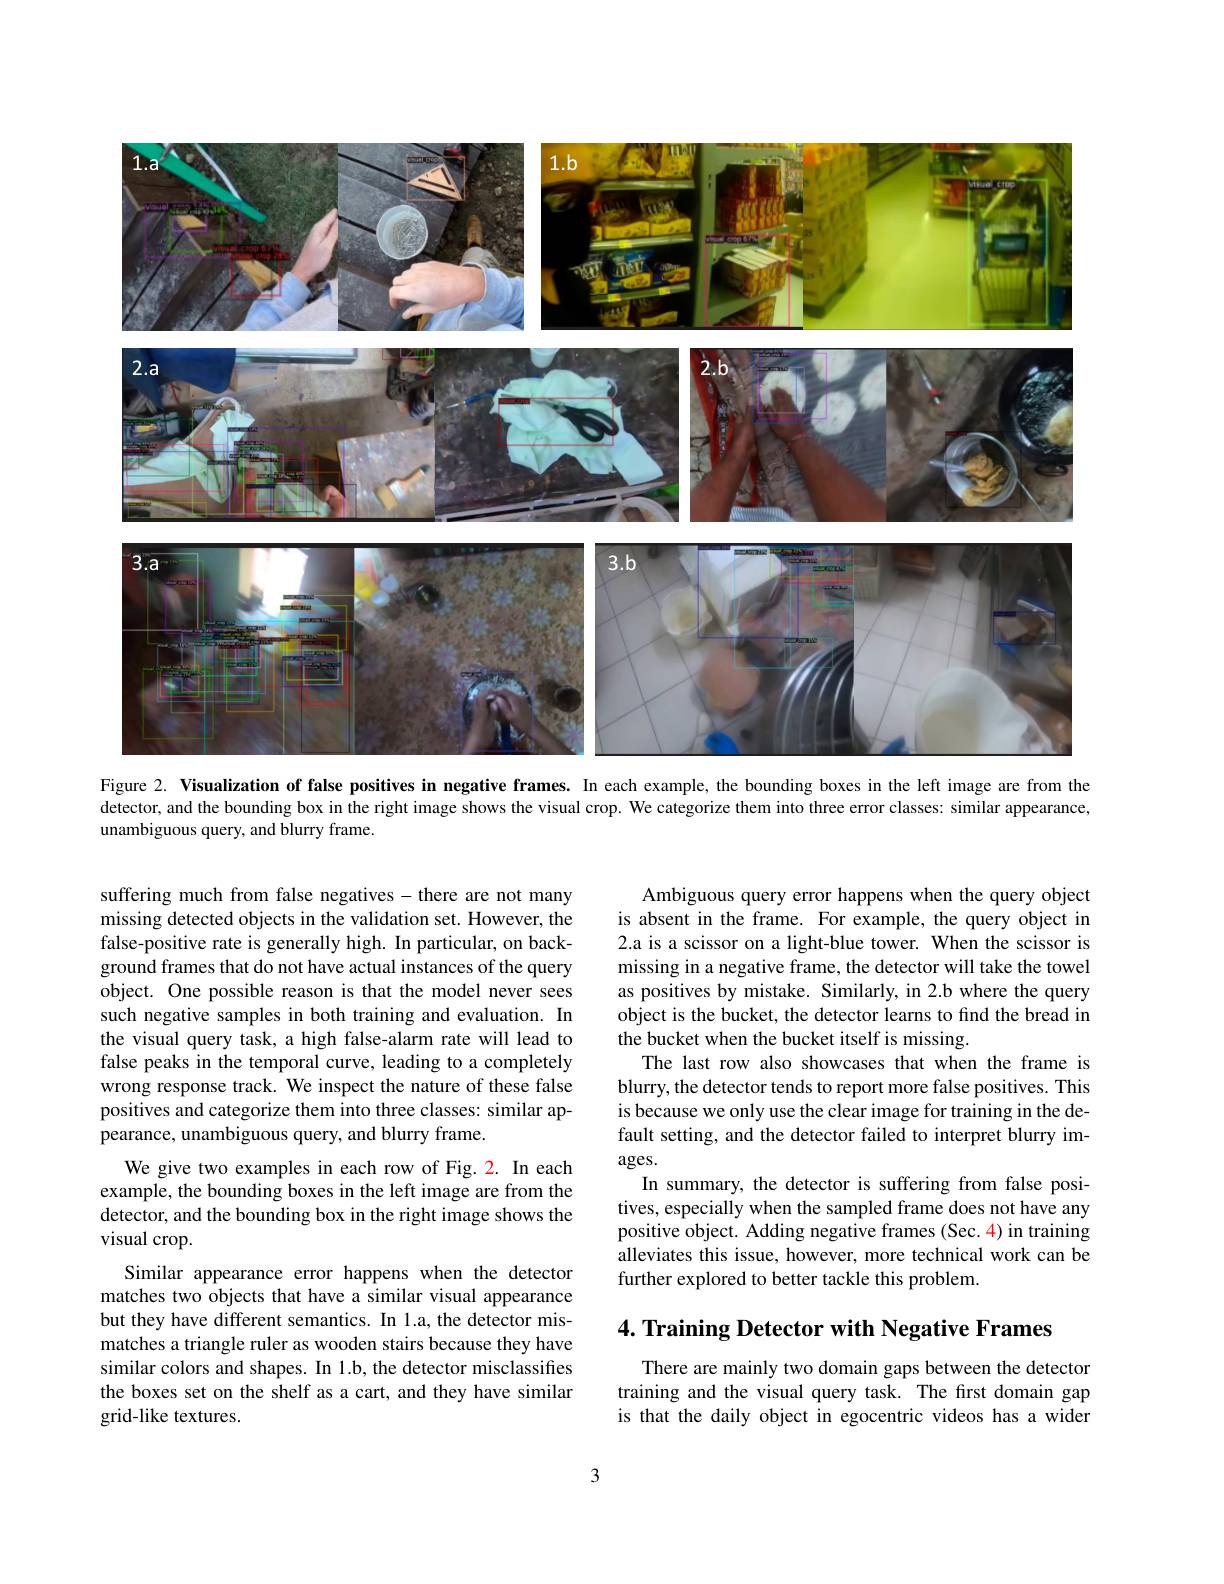
<FigureHere>
Figure 2. Visualization of false positives in negative frames. In each example, the bounding boxes in the left image are from the

$\bar{\text{detector, and the bounding box in the right image shows the visual crop. We categorize them into three error classes: similar appearance,}}$
unambiguous query, and blurry frame.

suffering much from false negatives- there are not many missing detected objects in the validation set. However, the false-positive rate is generally high. In particular, on background frames that do not have actual instances of the query object. One possible reason is that the model never sees such negative samples in both training and evaluation. In the visual query task, a high false-alarm rate will lead to false peaks in the temporal curve, leading to a completely wrong response track. We inspect the nature of these false positives and categorize them into three classes: similar ap- $\hat{\text{pearance, unambiguous query, and blurry frame.}}$

Ambiguous query error happens when the query object is absent in the frame. For example, the query object in 2.a is a scissor on a light-blue tower. When the scissor is missing in a negative frame, the detector will take the towel as positives by mistake. Similarly, in 2.b where the query object is the bucket, the detector learns to find the bread in the bucket when the bucket itself is missing.
The last row also showcases that when the frame is blurry, the detector tends to report more false positives. This is because we only use the clear image for training in the default setting, and the detector failed to interpret blurry im- $\arg$es.
In summary, the detector is suffering from false positives, especially when the sampled frame does not have any positive object. Adding negative frames (Sec. 4) in training alleviates this issue, however, more technical work can be further explored to better tackle this problem.

We give two examples in each row of Fig. 2. In each example, the bounding boxes in the left image are from the detector, and the bounding box in the right image shows the visual crop.

4. Training Detector with Negative Frames

Similar appearance error happens when the detector matches two objects that have a similar visual appearance but they have different semantics. In 1.a, the detector mismatches a triangle ruler as wooden stairs because they have similar colors and shapes. In 1.b, the detector misclassifies the boxes set on the shelf as a cart, and they have similar grid-like textures.

There are mainly two domain gaps between the detector training and the visual query task. The first domain gap is that the daily object in egocentric videos has a wider

3